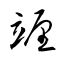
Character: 竰